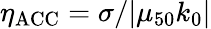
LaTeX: \eta_{\mathrm{ACC}}=\sigma/|\mu_{50}k_{0}|